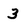
Character: 3